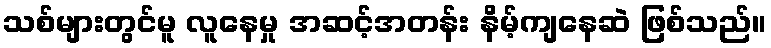
သစ်များတွင်မူ လူနေမှု အဆင့်အတန်း နိမ့်ကျနေဆဲ ဖြစ်သည်။